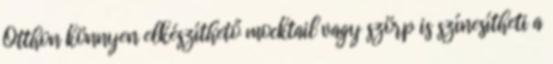
Otthon könnyen elkészíthető mocktail vagy szörp is színesítheti a